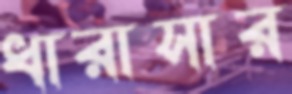
ধারাসার